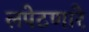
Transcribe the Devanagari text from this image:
लपेटणारे